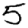
Digit: 5